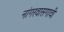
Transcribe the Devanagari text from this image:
नांगरवासगावी